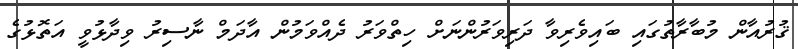
ޤުރުއާން މުބާރާތުގައި ބައިވެރިވާ ދަރިވަރުންނަށް ހިތްވަރު ދެއްވަމުން އާދަމް ނާސިރު ވިދާޅުވީ އަތޮޅުގެ